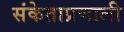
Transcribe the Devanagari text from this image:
संकेताप्रणाली